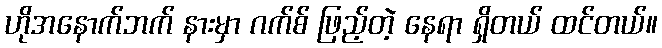
ဟိုအနောက်ဘက် နားမှာ ဂက်စ် ဖြည့်တဲ့ နေရာ ရှိတယ် ထင်တယ်။